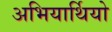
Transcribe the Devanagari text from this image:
अभियार्थियो